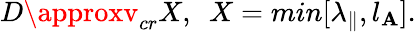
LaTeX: D\approxv_{cr}X,~~X=min[\lambda_{\| },l_{\mathbf{A}}].